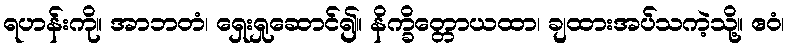
ရဟန်းကို။ အာဘတံ၊ ရှေးရှုဆောင်၍။ နိက္ခိတ္တောယထာ၊ ချထားအပ်သကဲ့သို့။ ဧဝံ၊